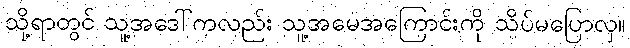
သို့ရာတွင် သူ့အဒေါ်ကလည်း သူ့အမေအကြောင်းကို သိပ်မပြောလှ။